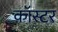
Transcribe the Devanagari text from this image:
कॉस्टर